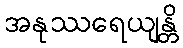
အနုဿရေယျန္တိ